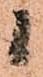
候